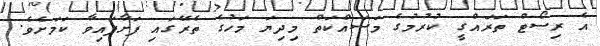
އެ ރިސޯޓް ތަރައްގީ ކުރުމުގެ މަސައްކަތް މިދިޔަ މަހުގެ ތެރޭގައި ފަށާފައިވާ ކަމަށެވެ.